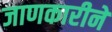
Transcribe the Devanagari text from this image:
जाणकारीने